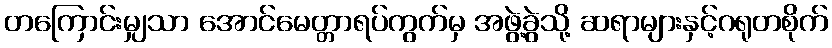
တကြောင်းမျှသာ အောင်မေတ္တာရပ်ကွက်မှ အဖွဲ့ခွဲသို့ ဆရာများနှင့်ဂရုတစိုက်